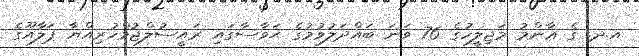
އ.ދ. ގެ ޢާންމު މަޖިލީހުގެ 76 ވަނަ ބައްދަލުވުމުގެ ޙަވާސާގައި ރައީސުލްޖުމްހުރިއްޔާ ޕަލާއޫގެ